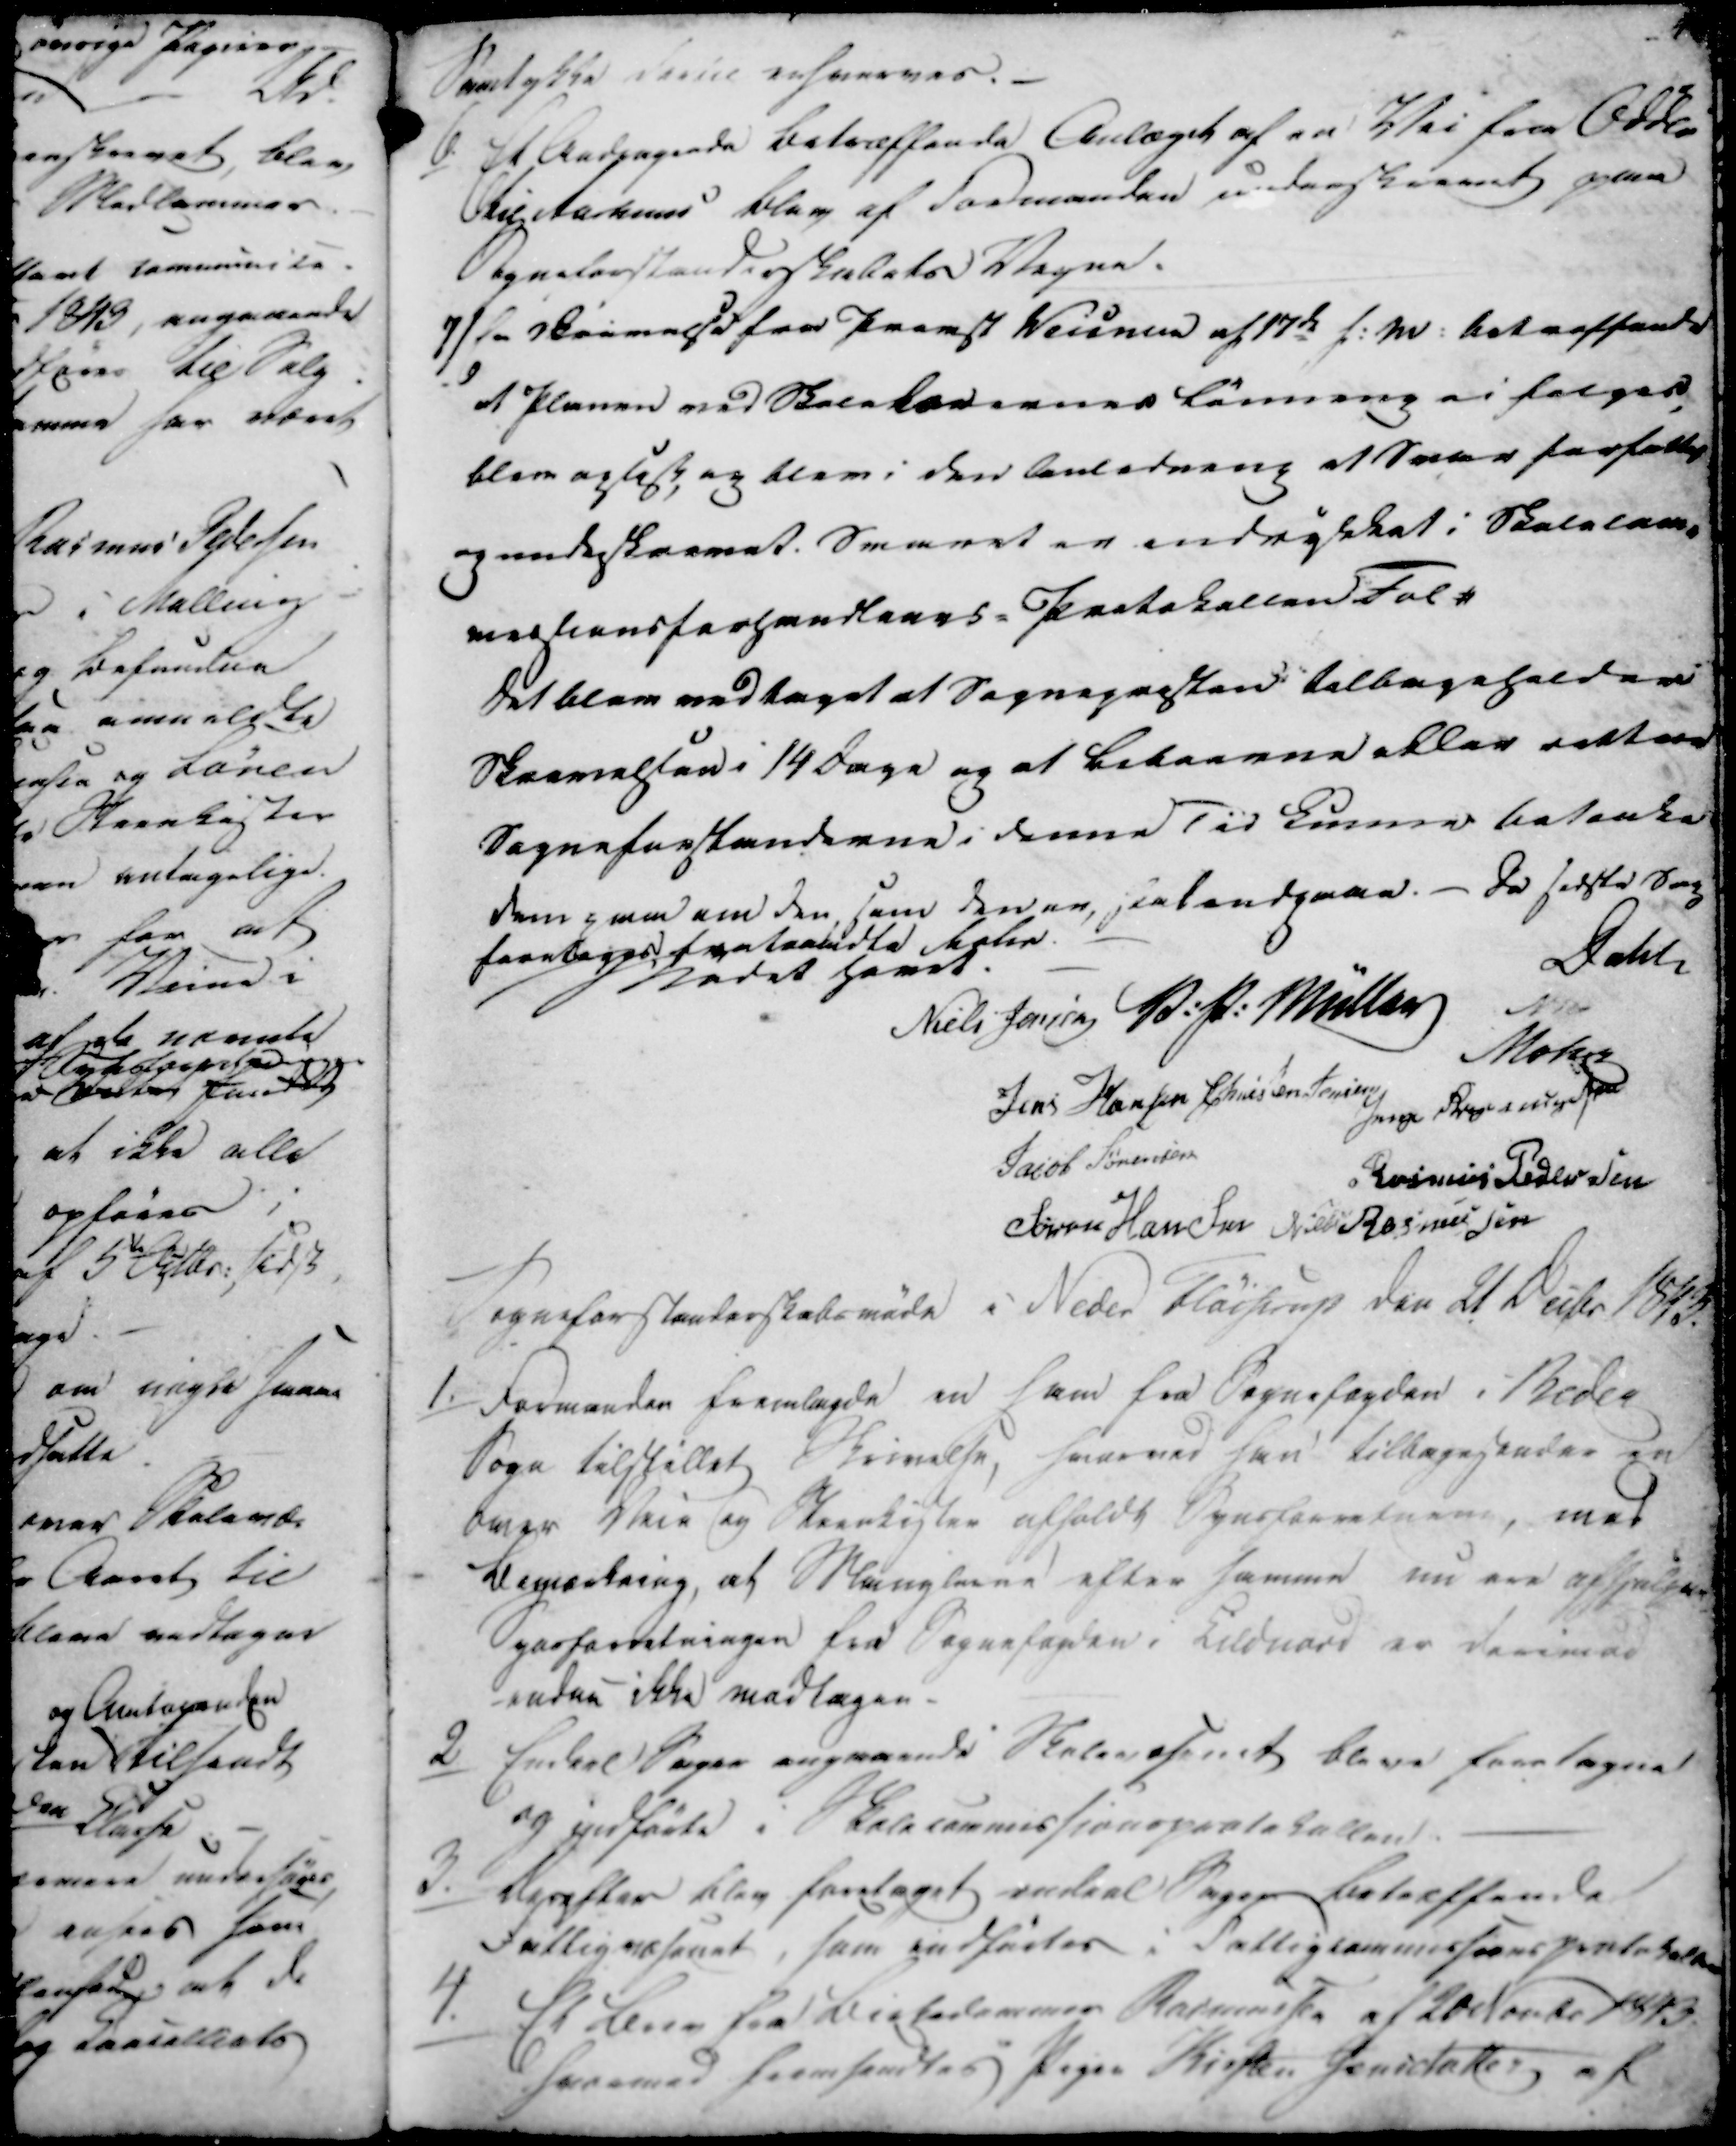
Transskription:
samtykke dertil erhverves.

6.

Et Andragende betræffende Anlæget af en Vei fra Odder
til Aarhus blev af Formanden underskrevet paa
Sogneforstanderskabets Vegne.

7/

En skrivelse fra Præst Weisner af 17de f.m. betræffende
at planen med Beekenemeret Lønning ei folgen,
blev astesk og blev i den Anledning et Sater forfattet
og undeskrevet. Svaret er endrykket i Skoleam-
megkansforsmnstaans-Protokollen Tal #
Det blev vedtaget at Sognepræsten tilbagesender
Skrivelsen i 14 Dage og at beboerne efter retten
Sogneforstanderne i denne Tid Senere betænke
den mm om den som dener, Palandgaae. - De første Sag
forebeggs fratatedte Noter.
Mødet Hævet.

Dahl
Niels Jensen
V. P. Müller
...
Mohr
Jens Hansen
Christen Jensen
Jens Rasmussen
Jacob Sørensen
Rasmus Pedersen
Søren Hansen
Niels Rasmussen

Sogneforstanderskabsmøde i Neder Fløistrup den 21 Decbr 1843.

1./

Formanden fremlagde en ham fra Sognefogden i Beder
Sogn tilstillet Skrivelse, hvormed han tilbagesteder en
over Veie og Steenkister afholdt Synsforretning, med
Bemærkning, at Manglerne efter samme nu ere afhjulpne
Synsforretningen fra Sognefogden i Liedvard er deriende
-endnu ikke modtagen.

2.

Enkel Sager angaaende Skolesamt bleve foretagne
og indførte i Skolecommissionsprotokollen.

3.

Derefter blev foretaget endeel Sager betræffende
Fattigvæsenet, som indførtes i Fattigcommissionsprotokollen.

4.

Et Brev fra Birkedommer Rasmussen af 20 Novbr 1843.
hvormed fremsendtes Pigen Kirsten Jensdatter af